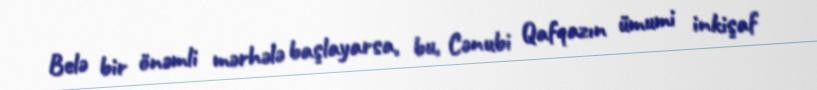
Belə bir önəmli mərhələ başlayarsa, bu, Cənubi Qafqazın ümumi inkişaf